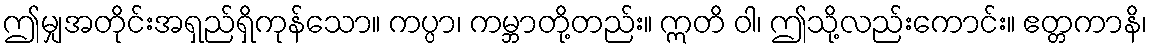
ဤမျှအတိုင်းအရှည်ရှိကုန်သော။ ကပ္ပာ၊ ကမ္ဘာတို့တည်း။ ဣတိ ဝါ၊ ဤသို့လည်းကောင်း။ ဧတ္တကာနိ၊